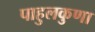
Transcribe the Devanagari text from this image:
पाहुलकुणा